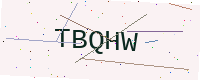
Text: TBQHW